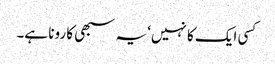
کسی ایک کا نہیں‘ یہ سبھی کا رونا ہے۔